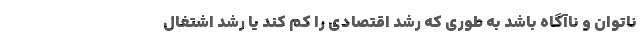
ناتوان و ناآگاه باشد به طوری که رشد اقتصادی را کم کند یا رشد اشتغال